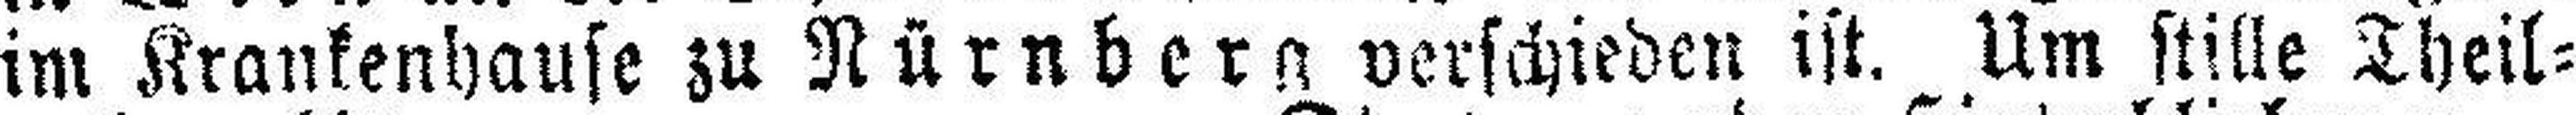
im Krankenhause zu Nürnberg verschieden ist. Um stille Theil¬